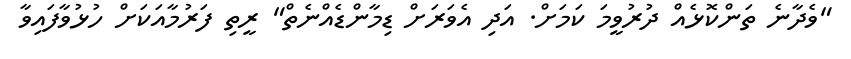
"ވެދާނެ ތަންކޮޅެއް ދުރުވީމަ ކަމަށް. އަދި އެވަރަށް ޑިމާންޑެއްނެތް" ރީތި ފަރުމާއަކަށް ހުޅުވާފައިވާ